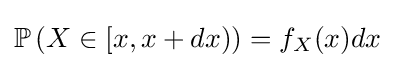
{\textstyle \mathbb {P} \left(X\in [x,x+dx)\right)=f_{X}(x)dx}